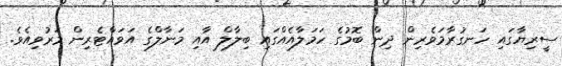
ސީރިޔާގައި ހަނގުރާމަވެރިން ދިން ބޮމުގެ ހަމަލާއެއްގައި ބިލާލް އާއި މަނާލްގެ އަވައްޓެރިން މަރުވިއެވެ.